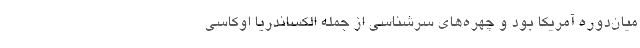
میان‌دوره آمریکا بود و چهره‌های سرشناسی از جمله الکساندریا اوکاسی